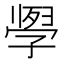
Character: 𭓗